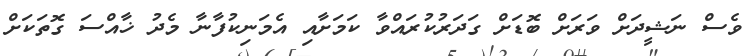
ވެސް ނަޝީދަށް ވަރަށް ބޮޑަށް ގަދަރުކުރައްވާ ކަމަށާއި އެމަނިކުފާނާ މެދު ޚާއްސަ ގޮތަކަށް